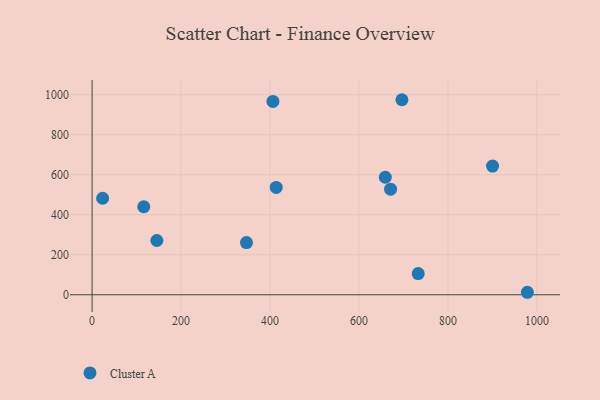
{"axis": {"x": "Investment", "y": "Profit"}, "legend": ["Cluster A"], "data": [{"x": "733.1", "y": 105.9, "type": "Cluster A"}, {"x": "413.9", "y": 536.6, "type": "Cluster A"}, {"x": "23.7", "y": 482.5, "type": "Cluster A"}, {"x": "978.5", "y": 12.5, "type": "Cluster A"}, {"x": "659.1", "y": 587.5, "type": "Cluster A"}, {"x": "116.2", "y": 440.0, "type": "Cluster A"}, {"x": "671.0", "y": 528.0, "type": "Cluster A"}, {"x": "696.5", "y": 975.2, "type": "Cluster A"}, {"x": "406.5", "y": 966.9, "type": "Cluster A"}, {"x": "347.0", "y": 260.9, "type": "Cluster A"}, {"x": "900.2", "y": 643.5, "type": "Cluster A"}, {"x": "145.6", "y": 271.3, "type": "Cluster A"}]}